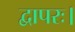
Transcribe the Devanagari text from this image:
द्वापरः।